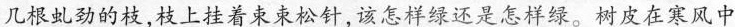
几根虬劲的枝，枝上挂着束束松针，该怎样绿还是怎样绿。树皮在寒风中